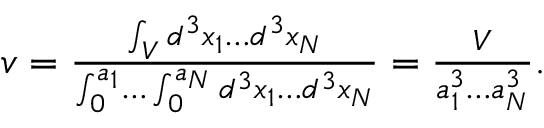
\begin{array} { r } { v = { { \frac { \int _ { V } d ^ { 3 } x _ { 1 } \ldots { } d ^ { 3 } x _ { N } } { \int _ { 0 } ^ { a _ { 1 } } \ldots { } \int _ { 0 } ^ { a _ { N } } d ^ { 3 } x _ { 1 } \ldots { } d ^ { 3 } x _ { N } } } } = { \frac { V } { a _ { 1 } ^ { 3 } \ldots { } a _ { N } ^ { 3 } } } . } \end{array}